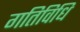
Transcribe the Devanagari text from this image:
गतिविधि